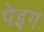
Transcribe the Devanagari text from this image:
पेइग